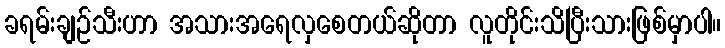
ခရမ်းချဉ်သီးဟာ အသားအရေလှစေတယ်ဆိုတာ လူတိုင်းသိပြီးသားဖြစ်မှာပါ။